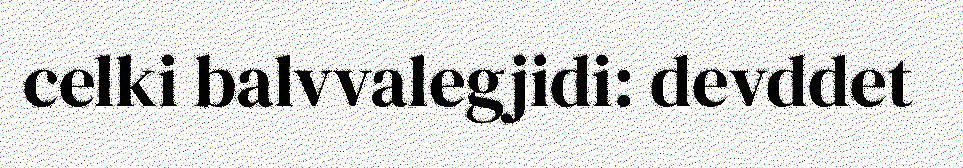
celki balvvalegjidi: devddet